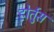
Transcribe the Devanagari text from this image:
होर्तुस